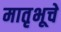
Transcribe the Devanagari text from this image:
मातृभूचे